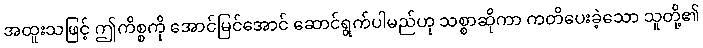
အထူးသဖြင့် ဤကိစ္စကို အောင်မြင်အောင် ဆောင်ရွက်ပါမည်ဟု သစ္စာဆိုကာ ကတိပေးခဲ့သော သူတို့၏